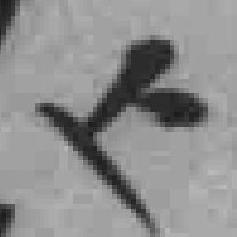
上